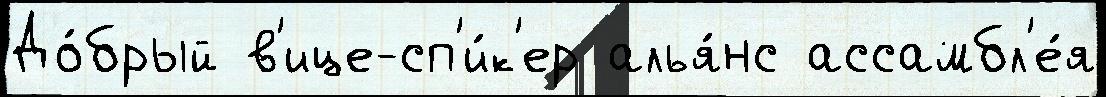
До́брый в'ице-сп'и́к'ер алья́нс ассамбл'е́я